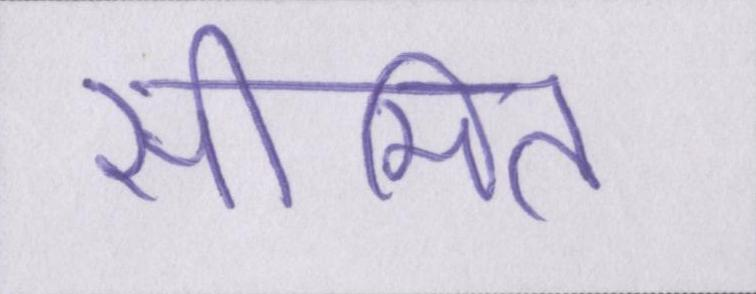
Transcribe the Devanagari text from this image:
सीमित